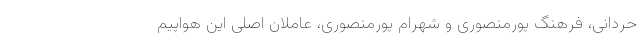
حردانی، فرهنگ پورمنصوری و شهرام پورمنصوری، عاملان اصلی این هواپیم